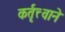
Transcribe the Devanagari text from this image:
कर्तृत्त्वाने